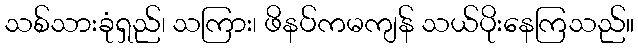
သစ်သားခုံရှည်၊ သကြား၊ ဖိနပ်ကမကျန် သယ်ပိုးနေကြသည်။